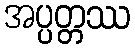
အပ္ပတ္တဿ